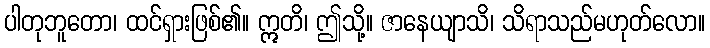
ပါတုဘူတော၊ ထင်ရှားဖြစ်၏။ ဣတိ၊ ဤသို့။ ဇာနေယျာသိ၊ သိရာသည်မဟုတ်လော။